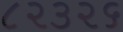
૮૨૩૨૬